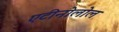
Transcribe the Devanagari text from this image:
एटीनोलोल